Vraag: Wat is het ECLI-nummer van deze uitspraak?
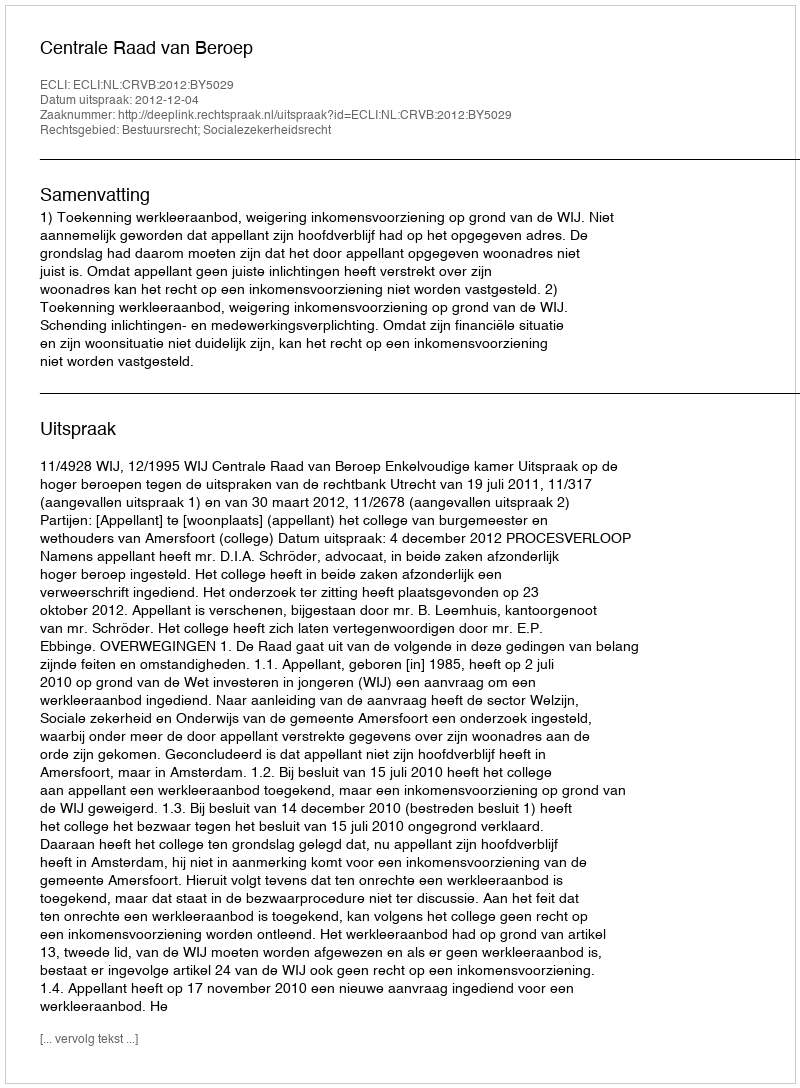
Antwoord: ECLI:NL:CRVB:2012:BY5029